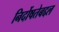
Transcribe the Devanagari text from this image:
निर्दोषतेबद्दल